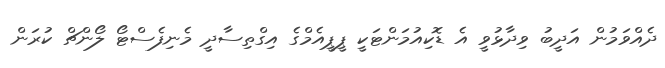
ދެއްވަމުން އަދީބު ވިދާޅުވީ އެ ޑޮކިއުމަންޓަކީ ޕީޕީއެމްގެ އިގްތިސާދީ މެނިފެސްޓޯ ލޯންޗް ކުރަން